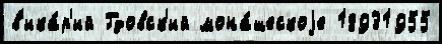
в'ика́р'ий Гдовск'ий мона́шескоjе 18931955